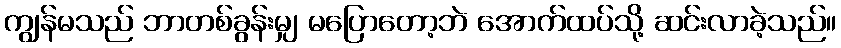
ကျွန်မသည် ဘာတစ်ခွန်းမျှ မပြောတော့ဘဲ အောက်ထပ်သို့ ဆင်းလာခဲ့သည်။